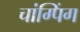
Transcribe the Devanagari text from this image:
चांग्पिंग